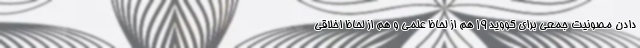
دادن مصونیت جمعی برای کووید ۱۹ هم از لحاظ علمی و هم از لحاظ اخلاقی